Report on horse surra - Volume II, Part I
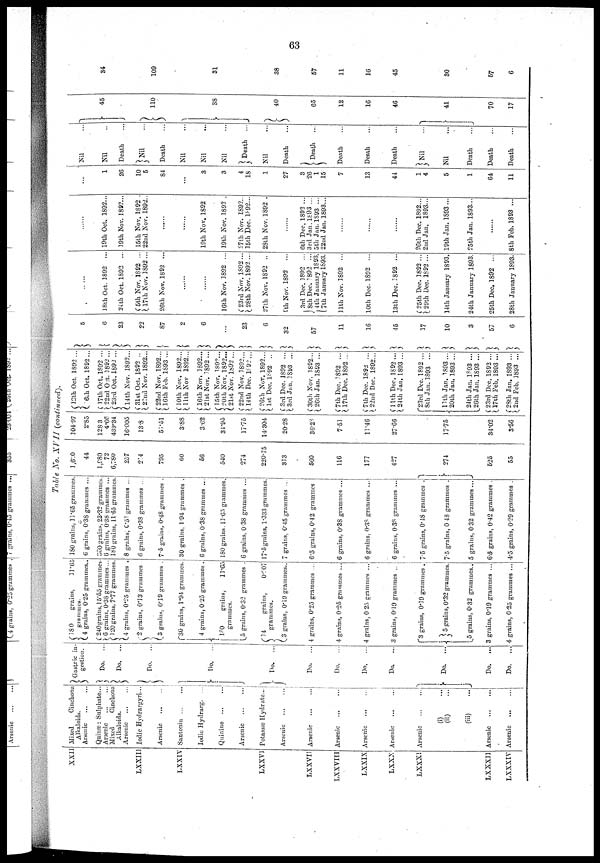
Table No. XVII (continued).
XXII
LXXIII
LXXIV
LXXVI
LXXVII
LXXVIII
LXXIX
LXXX
LXXXI
LXXXII
LXXXIV
Mixed
Cinchona
Alkaloids.
Arsenic
...
...
Quinæ: Sulphate...
Arsenic
...
...
Mixed
Cinchona
Alkaloids.
Arsenic ... ...
Iodic Hydrargyri...
Arsenic
Santonin...
...
Iodic Hydrarg. ...
Quinine...
Arsenic
...
...
Potassæ Hydrate...
Arsenic ... ...
Arsenic
...
...
Arsenic ... ...
Arsenic
...
...
Arsenic ... ...
Arsenic ... ...
(i) ...
(ii) ...
(iii) ...
Arsenic
...
...
Arsenic ... ...
Gastric in-
gestion.
} Do.
...
} Do. ...
} Do.
} Do. ...
} Do. ...
Do.
...
Do.
...
Do.
...
Do.
...
}
} Do.
...
}
Do.
...
Do.
...
{180
grains,
11.65
grammes.
4 grains, 0.25 grammes..
240grains, 15.55 grammes
6 grains, 0.38 grammes...
120 grains, 7.77 grammes.
{4 grains, 0.25 grammes .
2 grains, 0.13 grammes
{ 3 grains. 0.19 grammes .
30 grains, 1.94 grammes.
4 grains, 0.25 grammes .
{l80
grains,
11.65
grammes.
5 grains, 0.32 grammes .
14
grains,
0.907
grammes.
3 grains, 0.19 grammes..
4 grains, 0.25 grammes ...
4 grains, 0.25 grammes ...
4 grains, 0.25 grammes ...
3 grains, 0.19 grammes ..
{ 3 grains, 0.19 grammes .
5 grains, 0.32 grammes.
5 grains, 0.32 grammes..
3 grains, 0.19 grammes ...
4 grains, 0.25 grammes ...
180 grains, 11.65 grammes
6 grains, 0.38 grammes ...
360 grains, 23.32 grammes
6 grains, 0.38 grammes ...
180 grains, 11.65 grammes.
8 grains, 6.51 grammes ...
6 grains, 0.38 grammes ...
7.5 grains, 0.48 grammes .
30 grains. 1.94 grammes .
6 grains, 0.38 grammes ...
180 grains, 11.65 grammes.
6 grains, 0.38 grammes ...
17.5 grains, 1.333 grammes.
7 grains, 0.45 grammes ...
6.5 grains, 0.42 grammes
6 grains, 0.38 grammes ...
6 grains, 0.38 grammes ...
6 grains, 0.38 grammes ...
7.5 grains, 0.48 grammes .
7.5 grains, 0.48 grammes .
5 grains, 0.32 grammes ...
6.5 grains, 0.42 grammes .
4.5 grains, 0.29 grammes .
1,620
44
1980
72
6,780
257
214
795
60
66
540
274
220.75
313
560
116
177
427
}
} 274
}
525
55
104.97
2..85
128.3
4.66
439.34
16.605
13.8
51.51
3.88
3.62
34.95
17.75
14.304
20.28
36.28
7.51
11.46
27.66
17.75
34.02
3.56
{ 12th Oct. 1892 ...}
6th Oct. 1892 ...
{17th Oct. 1892 ...
22nd Oct. 1892...
23rd Oct. 1892 ...
14th Nov. 1892... }
{31st Oct. 1892 ...
22nd Nov. 1892... }
{22nd Nov. 1892... }
16th Feb. 1893 ...
{ 10th Nov. 1892...
11th Nov 1892... }
{16th Nov. 1892...
21st Nov. 1892... }
15th Nov. 1892...
{ 20th Nov. 1892...
21st Nov. 1892... }
{22nd Nov. 1892...
14th Dec. 1892... }
{26th Nov. 1892...
1st Dec 1892 .. }
{3rd Dec. 1892 ...
3rd Jan. 1893 ... }
{30th Nov. 1892... }
26th Jan. 1893 ...
{7th Dec. 1892 ... }
17th Dec. 1892 ...
{7th Dec. 1892 ... }
22nd Dee. 1892...
{11th Dee. 1892... }
24th Jan. 1893 ...
23rd Dec. 1892 ...
8th Jan. 1893 ... }
{11th Jan. 1893...
20th Jan. 1893 ... }
24th Jan. 1893 ...
26th Jan. 1893 ... }
{23rd Dec. 1892 ...
17th Feb. 1893 ... }
{28th Jan. 1893 ...
2nd Feb. 1893 ... }
5
6
23
22
87
2
6
23
6
32
57
11
16
45
17
10
3
57
6
18th Oct. 1892 ...
24th Oct. 1892 ...
{5th Nov. 1892 ...
17th Nov. 1892...
26th Nov. 1892 ...
......
16th Nov. 1892 ...
{23rd Nov. 1892...
28th Nov. 1892 ...
27th Nov. 1892 ...
9th Nov. 1892 ...
3rd Dec. 1892 ...
{ 8th Dec. 1892 ...
4th January 1893.
7th January 1893.
11th Nov. 1892 ...
10th Dec. 1892 ...
13th Dec. 1892 ...
25th Dec. 1892 ...
29th Dec. 1892 ...
14th January 1893.
24th January 1893.
25th Dec. 1892 ...
28th January 1893.
19th Oct. 1892...
19th Nov. 1892...
15th Nov. 1892 .
22nd Nov. 1892..
...
...
19th Nov. 1892 .
19th Nov. 1892 .
27th Nov. 1892..
15th Dec. 1892...
28th Nov. 1892 .
6th Dec. 1892 ...
3rd Jan. 1893 ...
5th Jan. 1893 ...
22nd Jan. 1893...
......
......
......
26th Dec. 1892...
2nd Jan. 1893...
19th Jan. 1893 ...
25th Jan. 1893...
......
8th Feb. 1893 ...
1
26
10
5
84
...
3
3
4
18
1
27
3
26
1
15
7
13
44
1
4
5
1
64
11
Nil
...
Nil
..
45
Death
...
}Nil ...
110
Death
... }
Nil
...
Nil
38
Nil
} Death ...
Nil
...
40
Death
...
Death ...
65
Death
...
12
Death
...
16
Death
...
46
}Nil
...
Nil
...
41
Death
...
Death
...
70
Death
...
17
34
109
31
38
57
11
16
45
}
30
}
57
6
63